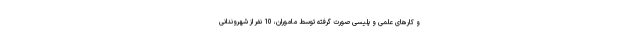
و کارهای علمی و پلیسی صورت گرفته توسط ماموران، 10 نفر از شهروندانی